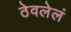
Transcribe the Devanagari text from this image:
ठेवलेलं